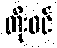
တိုးဝင်